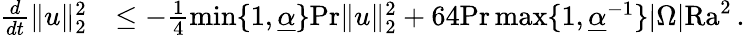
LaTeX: \begin{array}{rl}{\frac{d}{dt}\| u\| _{2}^{2}}&{\leq-\frac{1}{4}\operatorname*{min}\lbrace 1,\underline{{\alpha}}\rbrace\mathrm{Pr}\| u\| _{2}^{2}+64\mathrm{Pr}\operatorname*{max}\lbrace 1,\underline{{\alpha}}^{-1}\rbrace|\Omega|\mathrm{{Ra}}^{2}\, .}\end{array}